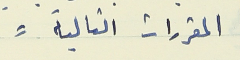
المقررات التالية :